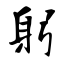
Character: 躬